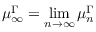
\mu _ { \infty } ^ { \Gamma } = \operatorname* { l i m } _ { n \to \infty } \mu _ { n } ^ { \Gamma }